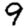
Digit: 9